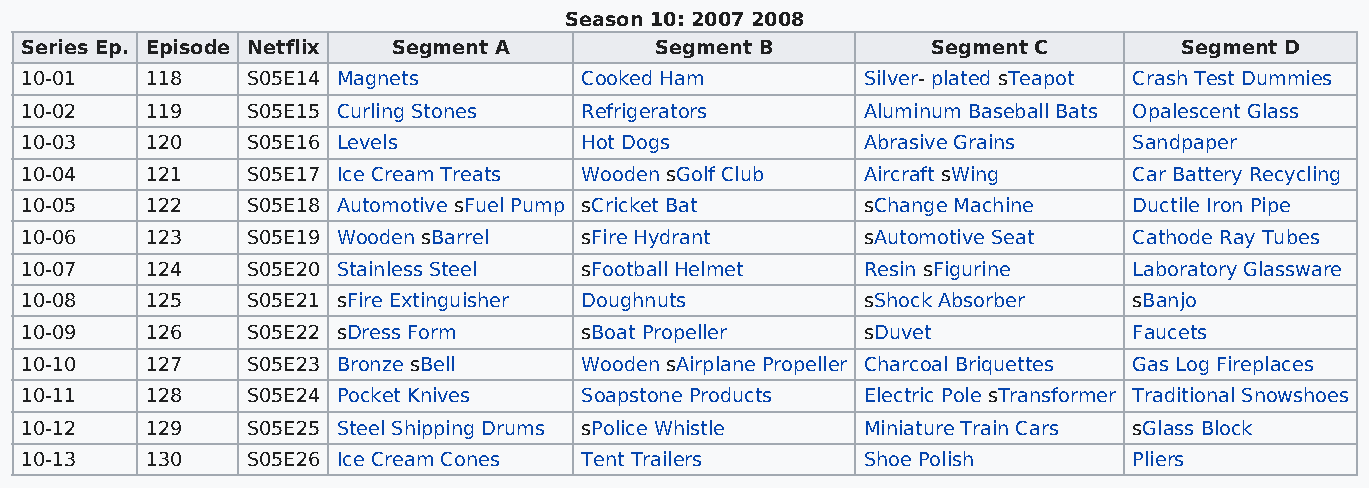
Season 10: 2007 2008
 Series Ep. Episode Netflix Segment A      Segment B          Segment C       Segment D
 10-01    118   S05E14 Magnets        Cooked Ham         Silver- plated sTeapot Crash Test Dummies
 10-02    119   S05E15 Curling Stones Refrigerators      Aluminum Baseball Bats Opalescent Glass
 10-03    120   S05E16 Levels         Hot Dogs           Abrasive Grains   Sandpaper
 10-04    121   S05E17 Ice Cream Treats Wooden sGolf Club Aircraft sWing   Car Battery Recycling
 10-05    122   S05E18 Automotive sFuel Pump sCricket Bat sChange Machine  Ductile Iron Pipe
 10-06    123   S05E19 Wooden sBarrel sFire Hydrant      sAutomotive Seat  Cathode Ray Tubes
 10-07    124   S05E20 Stainless Steel sFootball Helmet  Resin sFigurine   Laboratory Glassware
 10-08    125   S05E21 sFire Extinguisher Doughnuts      sShock Absorber   sBanjo
 10-09    126   S05E22 sDress Form    sBoat Propeller    sDuvet            Faucets
 10-10    127   S05E23 Bronze sBell   Wooden sAirplane Propeller Charcoal Briquettes Gas Log Fireplaces
 10-11    128   S05E24 Pocket Knives  Soapstone Products Electric Pole sTransformer Traditional Snowshoes
 10-12    129   S05E25 Steel Shipping Drums sPolice Whistle Miniature Train Cars sGlass Block
 10-13    130   S05E26 Ice Cream Cones Tent Trailers     Shoe Polish       Pliers